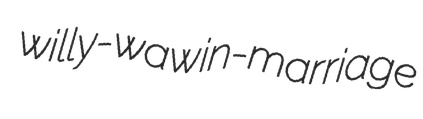
willy-waw in-marriage